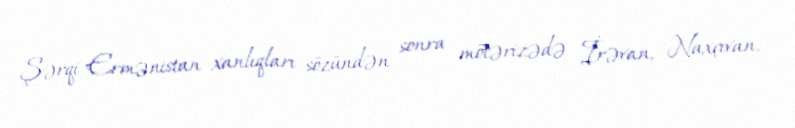
Şərqi Ermənistan xanlıqları sözündən sonra mötərizədə İrəvan, Naxçıvan,